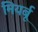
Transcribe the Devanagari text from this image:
मियर्बू